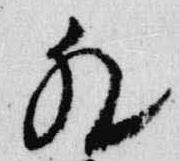
猶